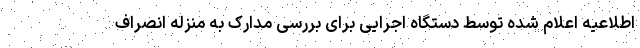
اطلاعیه اعلام شده توسط دستگاه اجرایی برای بررسی مدارک به منزله انصراف